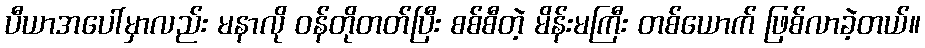
ပီယာအပေါ်မှာလည်း မနာလို ဝန်တိုတတ်ပြီး စစ်စီတဲ့ မိန်းမကြီး တစ်ယောက် ဖြစ်လာခဲ့တယ်။